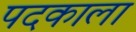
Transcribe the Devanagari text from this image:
पदकाला